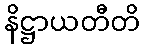
နိဋ္ဌာယတီတိ